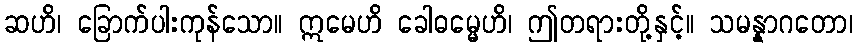
ဆဟိ၊ ခြောက်ပါးကုန်သော။ ဣမေဟိ ခေါဓမ္မေဟိ၊ ဤတရားတို့နှင့်။ သမန္နာဂတော၊